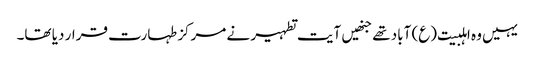
یہیں وہ اہلبیت(ع) آباد تھے جنھیں آیت تطہیر نے مرکز طہارت قرار دیا تھا۔